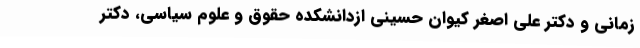
زمانی و دکتر علی اصغر کیوان حسینی ازدانشکده حقوق و علوم سیاسی، دکتر